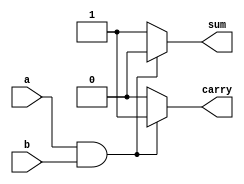
module halfadder_2(a,b,carry,sum);
input a,b;
output reg carry,sum;
always@(a or b)
begin
	if (a == 1'b0 && b == 1'b0)
	begin		
	sum <= 1'b0;
	carry <= 1'b0;
	end
	
	if (a == 1'b1 && b == 1'b1)
	begin		
	sum <= 1'b0;
	carry <= 1'b1;
	end

	else
	begin	
	sum = 1'b1;
	carry=1'b0;
	end
end	
endmodule